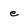
Character: e